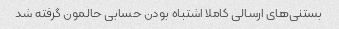
بستنی‌های ارسالی کاملا اشتباه بودن حسابی حالمون گرفته شد